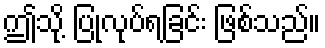
ဤသို့ ပြုလုပ်ရခြင်း ဖြစ်သည်။